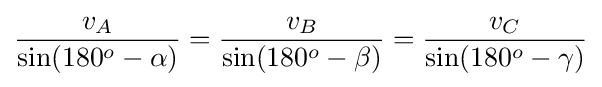
{\frac {v_{A}}{\sin(180^{o}-\alpha )}}={\frac {v_{B}}{\sin(180^{o}-\beta )}}={\frac {v_{C}}{\sin(180^{o}-\gamma )}}